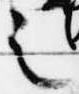
之